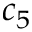
c _ { 5 }